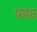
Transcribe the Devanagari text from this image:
फफ